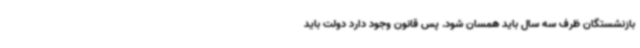
بازنشستگان ظرف سه سال باید همسان شود. پس قانون وجود دارد دولت باید